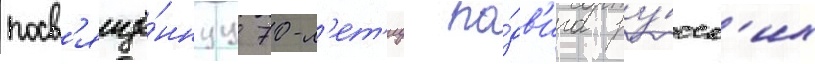
посв'ящё́ннуу 70-л'ет'иу по́дв'ига ру́сск'их